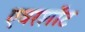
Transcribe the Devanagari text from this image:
एवरशॉट